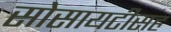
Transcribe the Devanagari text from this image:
सोसायटीसह